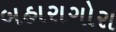
બહારાગોરા